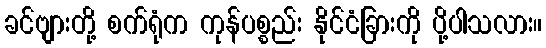
ခင်ဗျားတို့ စက်ရုံက ကုန်ပစ္စည်း နိုင်ငံခြားကို ပို့ပါသလား။